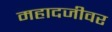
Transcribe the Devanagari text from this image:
महादजीवर